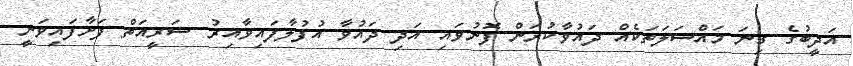
އަދީބުގެ ގިނަ މައްސަލަތަކެއް ދައުވާކުރަން ފޮނުވައި އަދި ދައުވާ އުފުލާފައިވާއިރު ޝަރީއަތް ފަށާފައިވަނީ